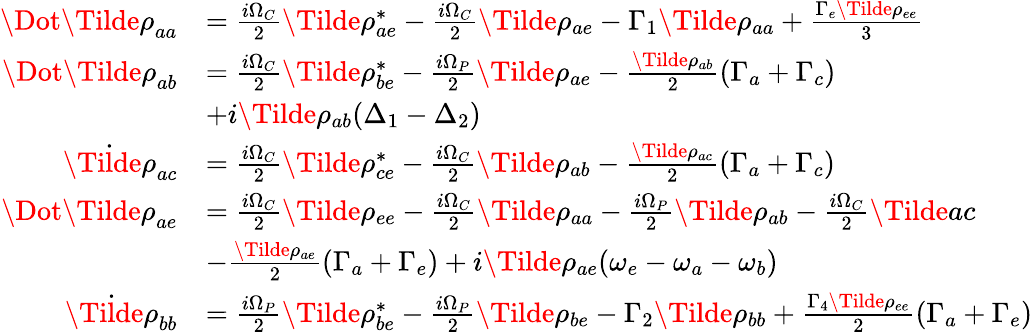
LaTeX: \begin{array}{rl}{\Dot{\Tilde{\rho}}_{aa}}&{=\frac{i\Omega_{C}}{2}\Tilde{\rho}_{ae}^{*}-\frac{i\Omega_{C}}{2}\Tilde{\rho}_{ae}-\Gamma_{1}\Tilde{\rho}_{aa}+\frac{\Gamma_{e}\Tilde{\rho}_{ee}}{3}}\\ {\Dot{\Tilde{\rho}}_{ab}}&{=\frac{i\Omega_{C}}{2}\Tilde{\rho}_{be}^{*}-\frac{i\Omega_{P}}{2}\Tilde{\rho}_{ae}-\frac{\Tilde{\rho}_{ab}}{2}(\Gamma_{a}+\Gamma_{c})}\\ &{+i\Tilde{\rho}_{ab}(\Delta_{1}-\Delta_{2})}\\ {\dot{\Tilde{\rho}}_{ac}}&{=\frac{i\Omega_{C}}{2}\Tilde{\rho}_{ce}^{*}-\frac{i\Omega_{C}}{2}\Tilde{\rho}_{ab}-\frac{\Tilde{\rho}_{ac}}{2}(\Gamma_{a}+\Gamma_{c})}\\ {\Dot{\Tilde{\rho}}_{ae}}&{=\frac{i\Omega_{C}}{2}\Tilde{\rho}_{ee}-\frac{i\Omega_{C}}{2}\Tilde{\rho}_{aa}-\frac{i\Omega_{P}}{2}\Tilde{\rho}_{ab}-\frac{i\Omega_{C}}{2}\Tilde{ac}}\\ &{-\frac{\Tilde{\rho}_{ae}}{2}(\Gamma_{a}+\Gamma_{e})+i\Tilde{\rho}_{ae}(\omega_{e}-\omega_{a}-\omega_{b})}\\ {\dot{\Tilde{\rho}}_{bb}}&{=\frac{i\Omega_{P}}{2}\Tilde{\rho}_{be}^{*}-\frac{i\Omega_{P}}{2}\Tilde{\rho}_{be}-\Gamma_{2}\Tilde{\rho}_{bb}+\frac{\Gamma_{4}\Tilde{\rho}_{ee}}{2}(\Gamma_{a}+\Gamma_{e})}\end{array}